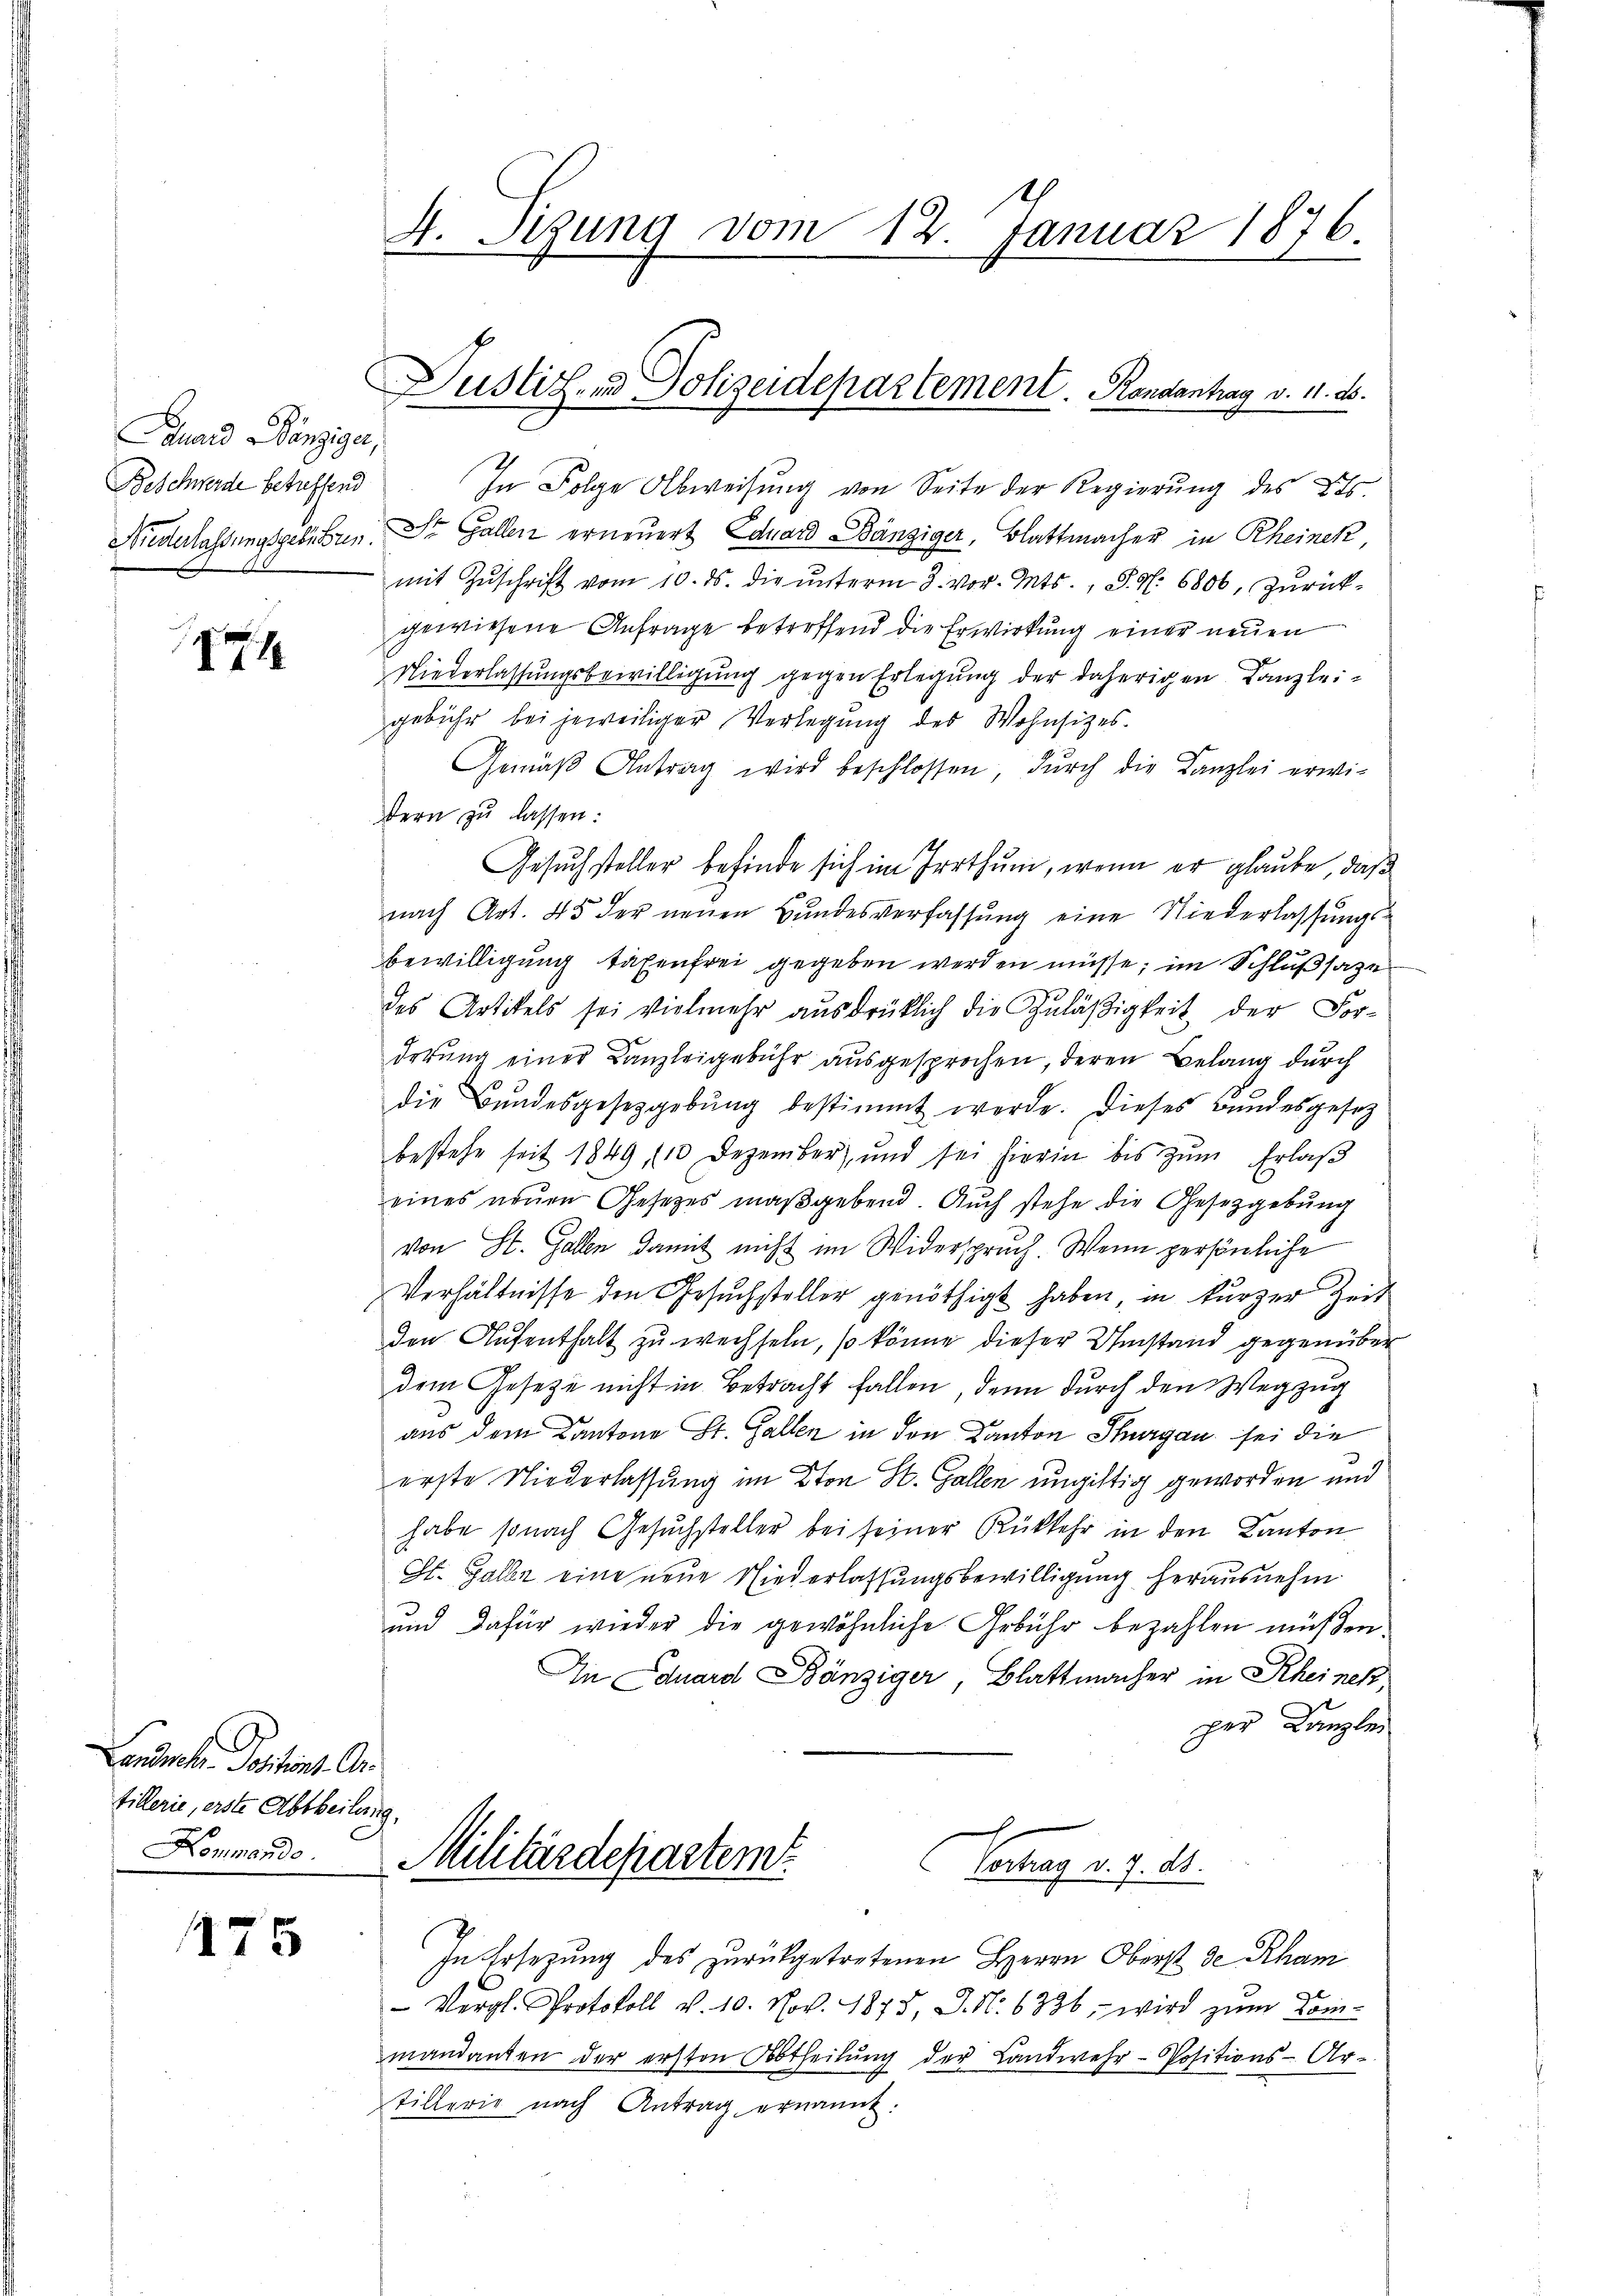
ouard Bänziger,
Beschwerde betreffend
Niederlassungsgebühren.

174

Landrohe Positions A
tillerie, erste Abtheilen,
Hommando.

175

4. Sizung vom 12. Januar 1876.

Justiz- und Polizeidepartement. Rondantrag v. 11. ds.

In Folge Abweisung von Seite der Regierung des Kts.
St. Gallen erneuert Eduard Bänziger, Blattmacher in Rheinek
mit Zŭschrift vom 10. ds. die ŭnterm 2. vor. Mts., S. S. 6806. Zŭrück-
gewiesene Anfrage betreffend die Erwirkung einer neuen
Niederlassungsbewilligung gegen Erlegung der daherigen Kanzleigebühr bei jeweiliger Verlegung des Wohnsitzes.
Gemäβ Antrag wird beschlossen, dŭrch die Kanzlei erwi-
dern zu lassen:
Gesŭch steller befinde sich im Irrthum, wenn er glaube, daß
nach Art. 45 der neŭen Bŭndesverfassŭng eine Niederlassŭngs-
bewilligung tätenfrei gegeben werden müsse, im Schlußsatze
des Artikels sei vielmehr ausdrücklich die Zuläßigkeit der Forderung einer Kanzleigebühr ausgesprochen, deren Belang durch
die Bŭndesgesetzgebŭng bestimmt werde. Dieses Bundesgesetz
bestehe seit 1849 (10 Dezember, und sei hierin bis zŭm Erlaβ
eines neuen Gesetzes maßgebend Auch stehe die Gesetzgebung
von St. Gallen damit nicht im Widerspruch. Wenn persönliche
Verhältnisse den Gesuchsteller genöthigt haben in kurzer Zeit
den Aufenthalt zu wechseln, so könne dieser Umstand gegenüber
dem Gesetze nicht in Betracht fallen, denn durch den Wegzug
aus dem Kantone St. Gallen in den Kanton Thurgau sei die
erste Niederlassung im Ston St. Gallen ungültig geworden und
habe sonach Gesŭchsteller bei seiner Rückkehr in den Kanton
St. Galle eine neue Niederlassungsbewilligung herausnehm
und dafür wieder die gewöhnliche Gebühr bezahlen müßen.
In Eduard Bänziger, Blattmacher in Rheinek
per Kanzlei
.
Militärdepartem
Vertrag v. 9. ds.
In Ersezung des zurückgetretenen Herrn Oberst de Rham
- Vergl. Protokoll v. 10. Nov. 1875, J. N. 6336, wird zum Kommandanten der ersten Abtheilŭng der Landwehr-Positions-Ar-
tillerie nach Antrag ernannt.